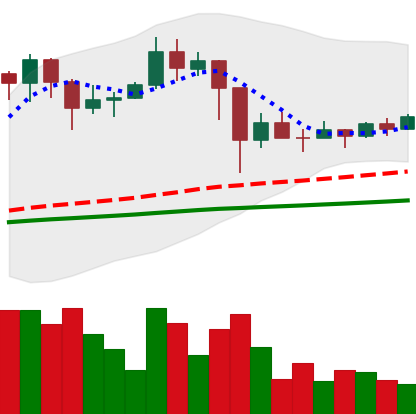
Ticker: TRX-USD
Chart end date: 2021-03-03
Forward return: 7.602%
Label: up_7plus